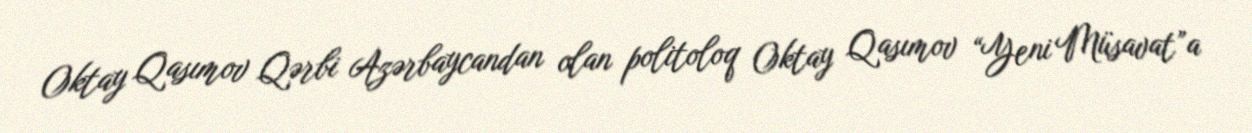
Oktay Qasımov Qərbi Azərbaycandan olan politoloq Oktay Qasımov “Yeni Müsavat”a